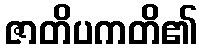
ဇာတိပကတိ၏